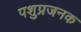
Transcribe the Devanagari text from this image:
पशुप्रजनक